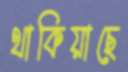
থাকিয়াছে